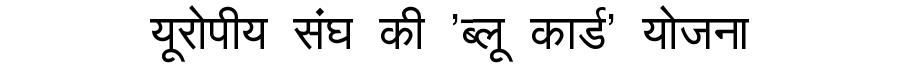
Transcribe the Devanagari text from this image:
यूरोपीय संघ की 'ब्लू कार्ड' योजना